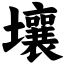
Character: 壤